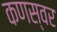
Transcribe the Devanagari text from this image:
कणस्वर